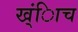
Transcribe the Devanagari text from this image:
ख्ंिाच